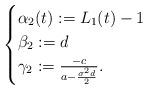
LaTeX: \begin{align*}\begin{cases} \alpha_2(t):= L_1(t)-1 \\ \beta_2:= d \\\gamma_2:=\frac{-c}{a-\frac{\sigma^2d}{2}}.\end{cases}\end{align*}